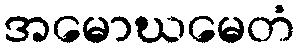
အမောဃမေတံ